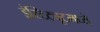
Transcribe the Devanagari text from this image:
इंस्टिट्यूटमध्ये